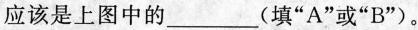
应该是上图中的___(填”A”或”B”)。